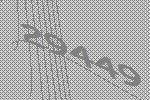
29449